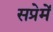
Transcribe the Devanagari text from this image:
सप्रेमें